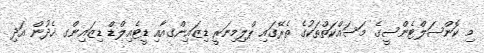
މި ކޮންސަލްޓެންސީގެ މަސައްކަތްތަކުގެ ތެރޭގައި ޕްލިމިނަރީ ޑިޒައިންގއާއި ޑީޓެއިލްޑް ޑިޒައިންގ ހެދުން އަދި